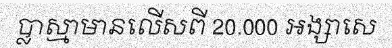
ប្លាស្មាមានលើសពី 20.000 អង្សាសេ